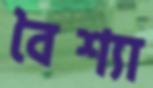
বৈশ্যা